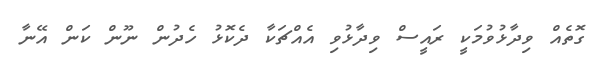
ގޮތެއް ވިދާޅުވުމަކީ ރައީސް ވިދާޅުވި އެއްޗަކާ ދެކޮޅު ހެދުން ނޫން ކަން އޭނާ